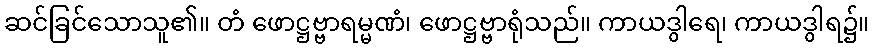
ဆင်ခြင်သောသူ၏။ တံ ဖောဋ္ဌဗ္ဗာရမ္မဏံ၊ ဖောဋ္ဌဗ္ဗာရုံသည်။ ကာယဒွါရေ၊ ကာယဒွါရ၌။